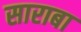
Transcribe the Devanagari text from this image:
साराबा